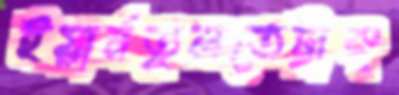
ইয়ার্নতুলতেট্রাক্